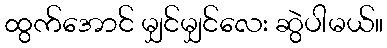
ထွက်အောင် မျှင်မျှင်လေး ဆွဲပါမယ်။